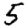
Digit: 5